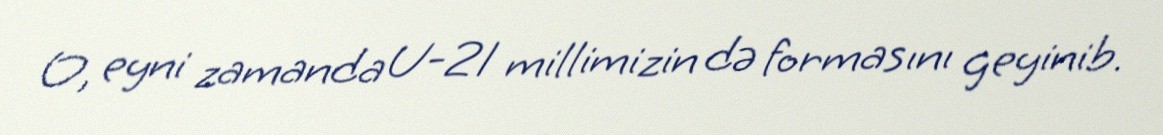
O, eyni zamanda U-21 millimizin də formasını geyinib.